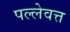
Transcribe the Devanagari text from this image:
पल्लेवत्त